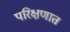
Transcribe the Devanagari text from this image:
परिक्षणात